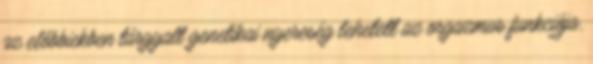
az előbbiekben tárgyalt genetikai nyereség lehetett az orgazmus funkciója.